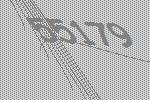
55179